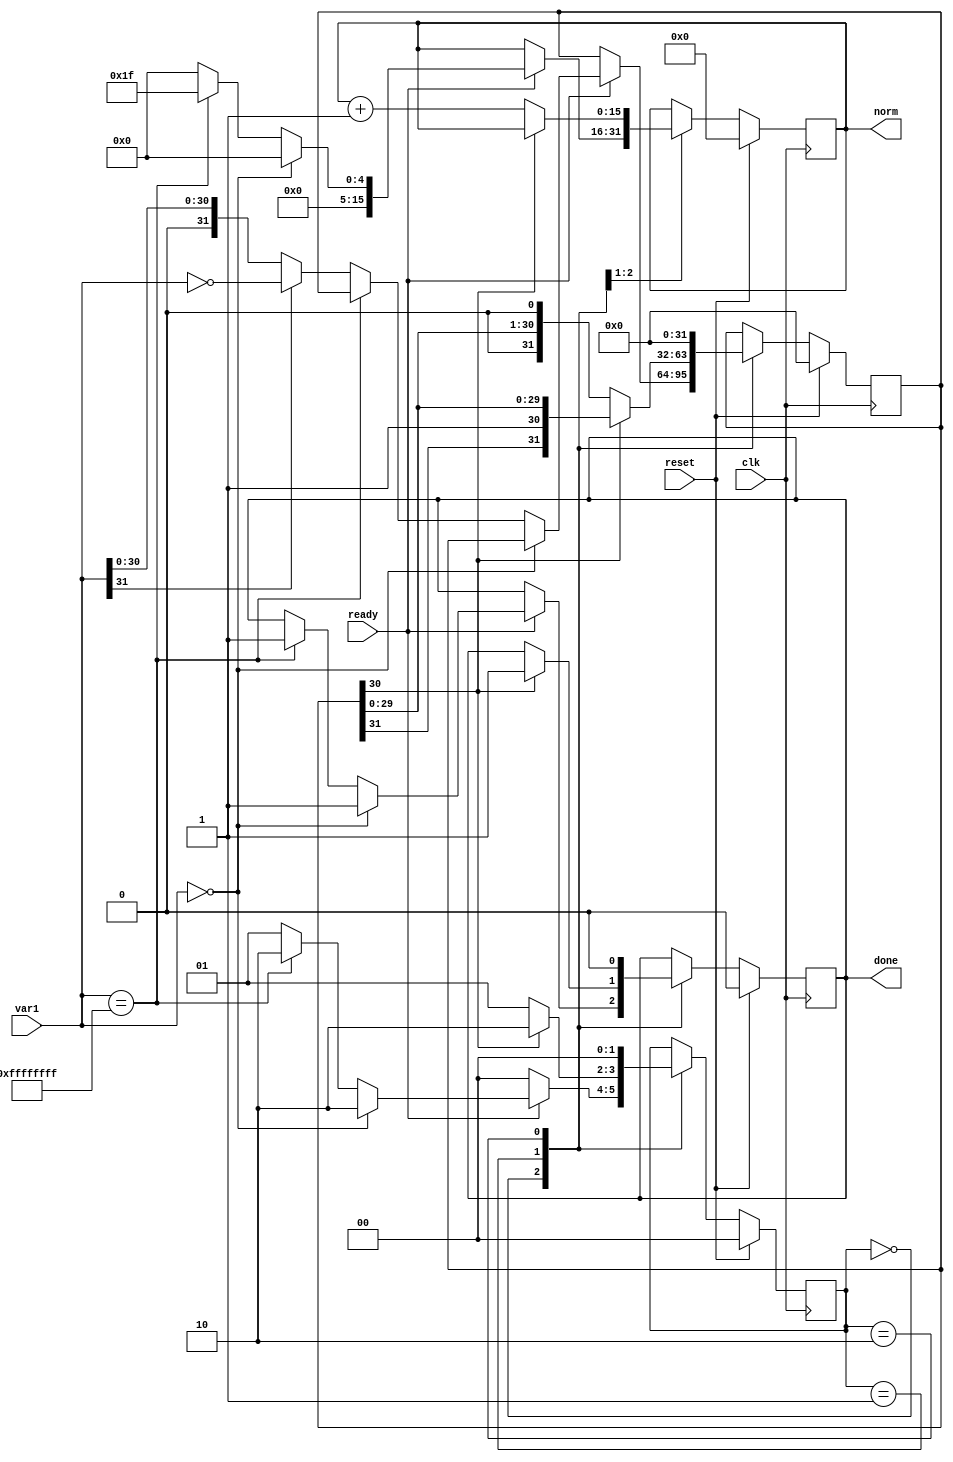
module norm_l(var1,norm,clk,ready,reset,done);

input [31:0] var1;
output reg [15:0] norm;
input clk ,ready, reset;
output reg done;

wire [31:0] var1;

reg signed [31:0] var1reg, next_var1reg;
reg [15:0] next_norm;
reg [1:0] state,nextstate;
reg next_done;

parameter INIT = 2'd0;
parameter state1 = 2'd1;
parameter done_state = 2'd2;

always @ (posedge clk) 
begin
	if(reset)
		state <= INIT;
	else
		state <= nextstate;
end

always @ (posedge clk) 
begin
	if(reset)
		norm <= 0;
	else
		norm <= next_norm;
end

always @ (posedge clk) 
begin
	if(reset)
		done <= 0;
	else
		done <= next_done;
end

always @ (posedge clk) 
begin
	if(reset)
		var1reg<= 0;
	else 
   	var1reg <= next_var1reg;
end

always @(*)
begin
	
	nextstate = state;	
	next_norm = norm;
	next_var1reg = var1reg;
	next_done = done;
	
	case(state)
		
		INIT: begin
			if(ready=='d1) begin
				next_norm = 'd0;
				if(var1 == 'd0) begin
					next_norm = 'd0;
					next_done = 'd1;
					nextstate = done_state;
				end
				else begin
					if(var1 == 32'hffff_ffff) begin
						next_norm = 'd31;
						next_done = 'd1;
						nextstate = done_state;
					end
					else begin
						if(var1[31] == 'd1) begin
							next_var1reg = ~var1;
						end
						else
							next_var1reg = var1;
						nextstate = state1;
					end
				end
			end
			else
				nextstate = INIT;
		end
		
		state1: begin
			if(var1reg[30] == 'd1) begin
				next_done = 'd1;
				nextstate = done_state;
			end
			else begin
				next_var1reg = var1reg << 1;
				next_norm = norm + 1;
				nextstate = state1;
			end
		end
		
		done_state: begin
			next_done = 'd0;
			next_var1reg = 'd0;
			nextstate = INIT;
		end
		
			
endcase
end//end always
endmodule